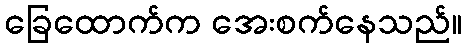
ခြေထောက်က အေးစက်နေသည်။